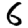
Digit: 6